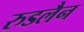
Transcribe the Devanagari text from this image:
रुडलैन